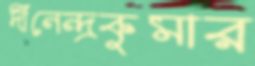
দীনেন্দ্রকুমার